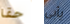
حقا يأبى